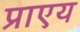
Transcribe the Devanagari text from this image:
प्राएय